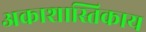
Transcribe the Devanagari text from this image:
अकाशास्तिकाय